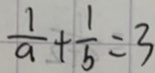
\frac { 1 } { a } + \frac { 1 } { b } = 3